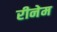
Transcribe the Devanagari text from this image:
रीनेम